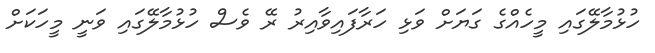
ހުޅުމާލޭގައި މީހެއްގެ ގަޔަށް ވަޅި ހަރާފައިވާއިރު ރޭ ވެސް ހުޅުމާލޭގައި ވަނީ މީހަކަށް